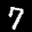
Label: 7